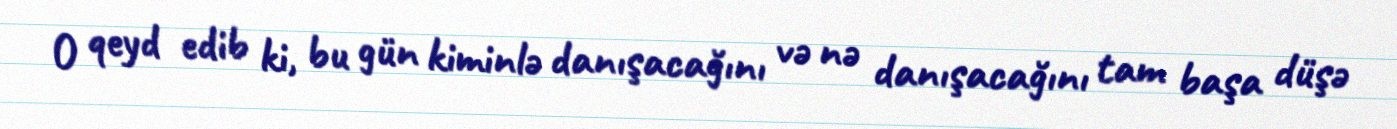
O qeyd edib ki, bu gün kiminlə danışacağını və nə danışacağını tam başa düşə